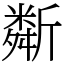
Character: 斴